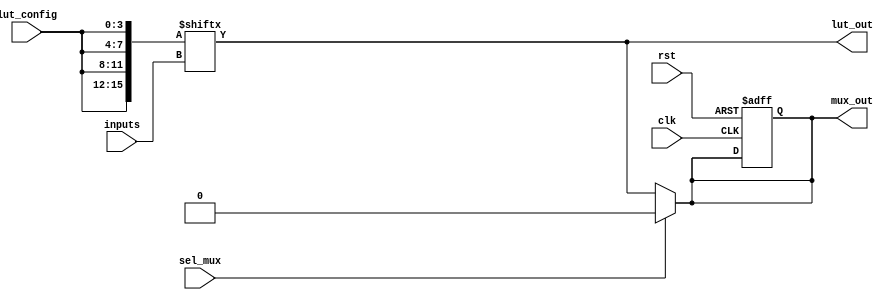
module CLB (
    input wire [3:0] inputs,        // 4-bit input signals
    input wire [3:0] lut_config,    // 4-bit configuration for LUT
    input wire sel_mux,             // MUX select signal
    input wire clk,                 // Clock signal for flip-flop
    input wire rst,                 // Reset signal
    output wire lut_out,            // Output from LUT
    output wire mux_out             // Output from MUX
);

    // Lookup Table (LUT) implementation
    wire [15:0] lut; // 16 possible combinations for 4 inputs
    assign lut = {lut_config[3], lut_config[2], lut_config[1], lut_config[0],
                  lut_config[3], lut_config[2], lut_config[1], lut_config[0],
                  lut_config[3], lut_config[2], lut_config[1], lut_config[0],
                  lut_config[3], lut_config[2], lut_config[1], lut_config[0]}; // Example LUT configuration

    assign lut_out = lut[inputs]; // LUT output based on inputs

    // Multiplexer implementation
    wire [1:0] mux_input; // Example with 2 inputs to MUX
    assign mux_input[0] = lut_out; // First input is LUT output
    assign mux_input[1] = 1'b0;     // Second input can be a constant or another signal

    assign mux_out = (sel_mux) ? mux_input[1] : mux_input[0]; // MUX output based on select signal

    // Optional Flip-Flop for state retention
    reg ff_out;
    always @(posedge clk or posedge rst) begin
        if (rst) begin
            ff_out <= 1'b0; // Reset the flip-flop
        end else begin
            ff_out <= mux_out; // Capture MUX output on clock edge
        end
    end

    assign mux_out = ff_out; // Final output from the flip-flop

endmodule